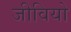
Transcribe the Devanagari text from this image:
जीवियो